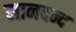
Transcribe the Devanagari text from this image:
मानदन्द